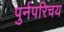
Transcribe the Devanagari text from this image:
पुर्नपरिचय